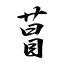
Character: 萺